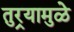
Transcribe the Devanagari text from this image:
तुर्‍यामुळे